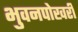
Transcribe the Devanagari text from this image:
भुवनपोखरी